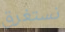
نستغرق